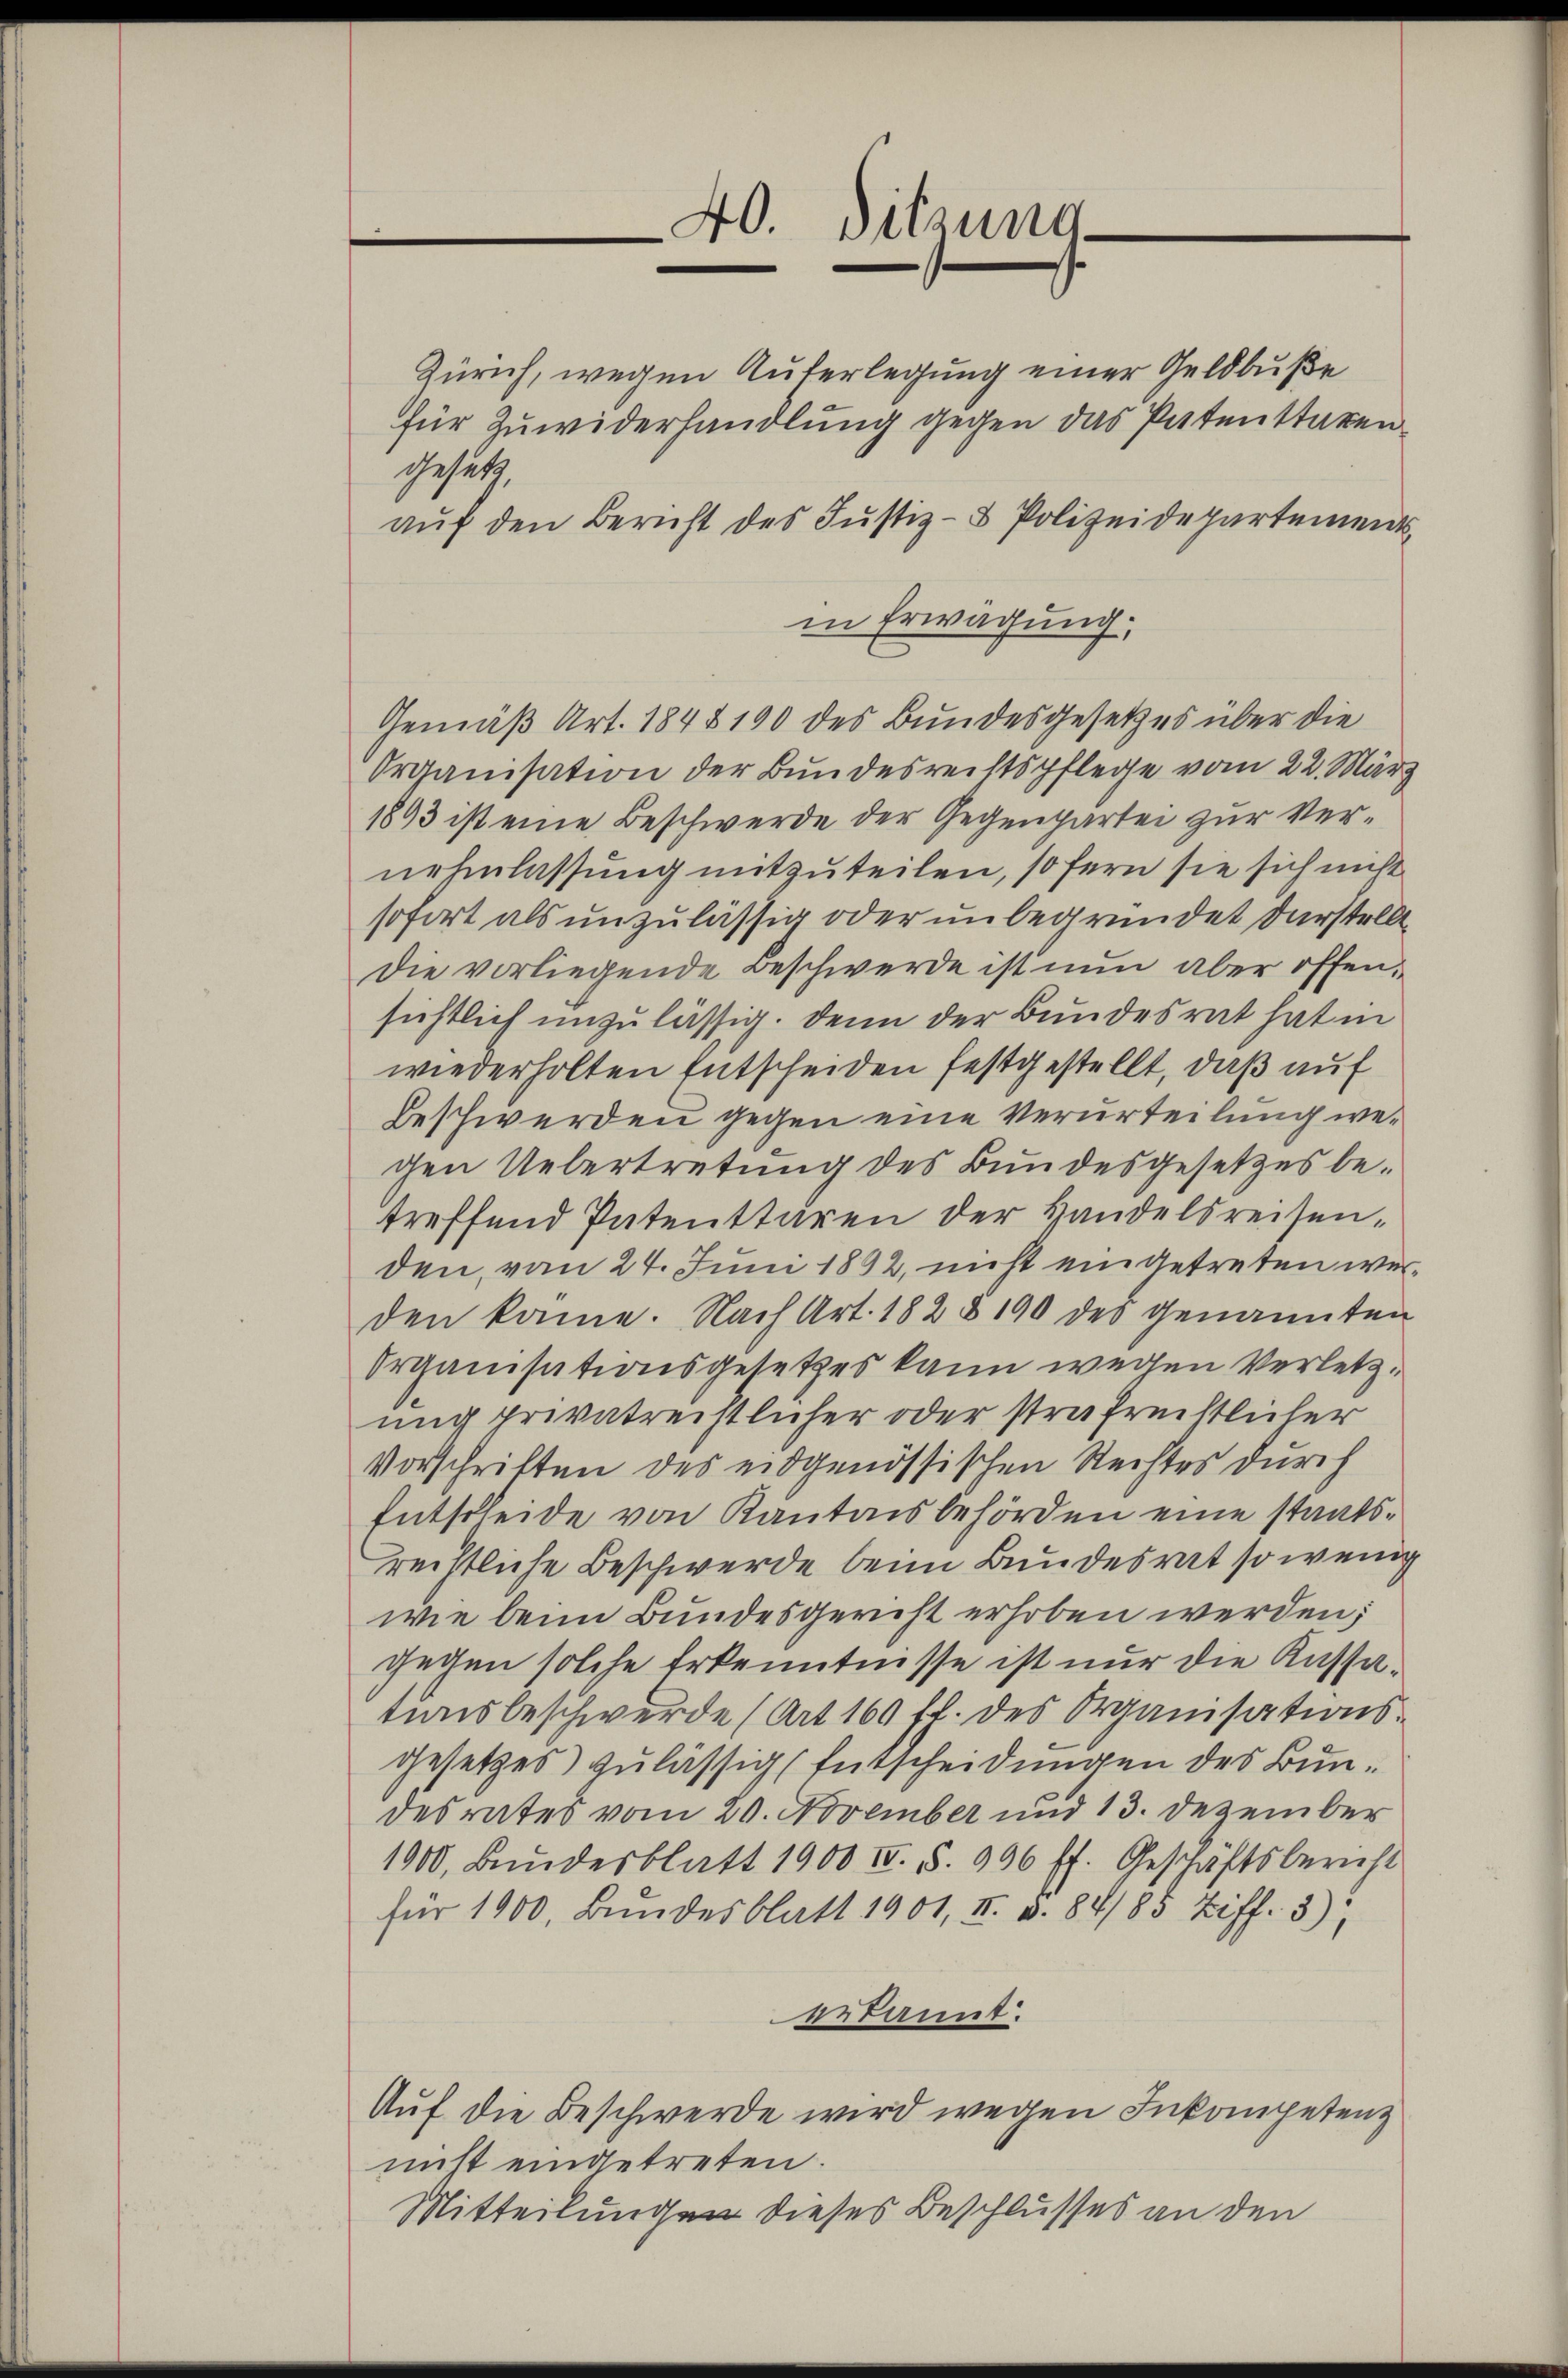
40. Sitzung.

Zürich, wegen Auferlegung einer Geldbuße
für Zuwiderhandlung gegen das Paten staren¬
Gesetz
aŭf den Bericht des Justiz- & Polizeidepartements
in Erwägung,
Gemäß Art. 1848 190 des Bundesgesetzes über die
Organisation der Bundesrechtspflege vom 22. März
1893 ist eine Beschwerde der Gegenpartei zur Vernehmlassung mitzuteilen, so fern sie sich nicht
sofort als unzulässig oder unbegründet darstellt
Die vorliegende Beschwerde ist nun aber offensichtlich unzulässig. Denn der Bundesrat hat in
wiederholten Entscheiden festgestellt, daß auf
Beschwerden gegen eine Verurteilung wegen Uebertretung des Bundesgesetzes be-
treffend Patenttaren der Handelsreisenden, vom 24. Juni 1892, nicht eingetreten werden kame. Nach Art. 182 § 190 des genannten
Organisationsgesetzes kann wegen Verletzung privatreistlicher oder strafrechtlicher
Vorschriften des eidgenössischen Rechtes durch
Entscheide von Kantonsbehörden eine staatsreistliche Beschwerde beim Bundesrat so wenig
wie beim Bundesgericht erhoben werden;
gegen solche Erkenntnisse ist nur die Kassationsbeschwerde (Art. 169 fl. des Organisationsgesetzes zulässig Entscheidungen des Bundesrates vom 20. November und 13. Dezember
1900, Bundesblatt 1900 IV. S. 996 ff. Geschäftsbericht
für 1900, Bundesblatt 1901, II. u. 84/83 Ziff. 3)
erkannt:
Auf die Beschwerde wird wegen Inkompetenz
nicht eingetreten.
Mitteilungen dieses Beschlusses an den